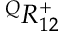
{ } ^ { Q } { R } _ { 1 { 2 } } ^ { + }